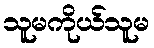
သူမကိုယ်သူမ